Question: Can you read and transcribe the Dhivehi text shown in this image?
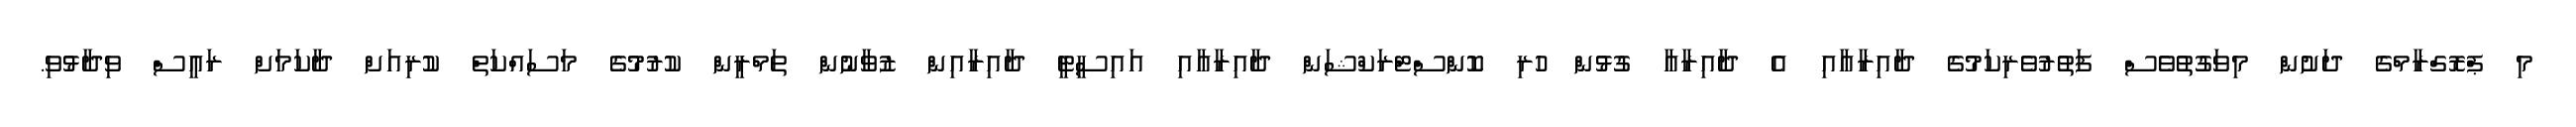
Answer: މި ޕްރޮގްރާމްގެ ދަށުން މިވަގުތުވެސް ފަތުރުވެރިކަމުގެ ދާއިރާއާއި އެ ދާއިރާއާ ގުޅުން ހުރި ކޮންސްޓްރަކްޝަން ދާއިރާއާއި އައިސީޓީ ދާއިރާއިން ޒުވާނުން ތަމްރީން ކުރުމުގެ މަސައްކަތް ކުރިއަށް ދާކަމަށް ރައީސް ވިދާޅުވި.